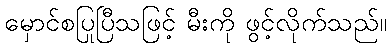
မှောင်စပြုပြီသဖြင့် မီးကို ဖွင့်လိုက်သည်။